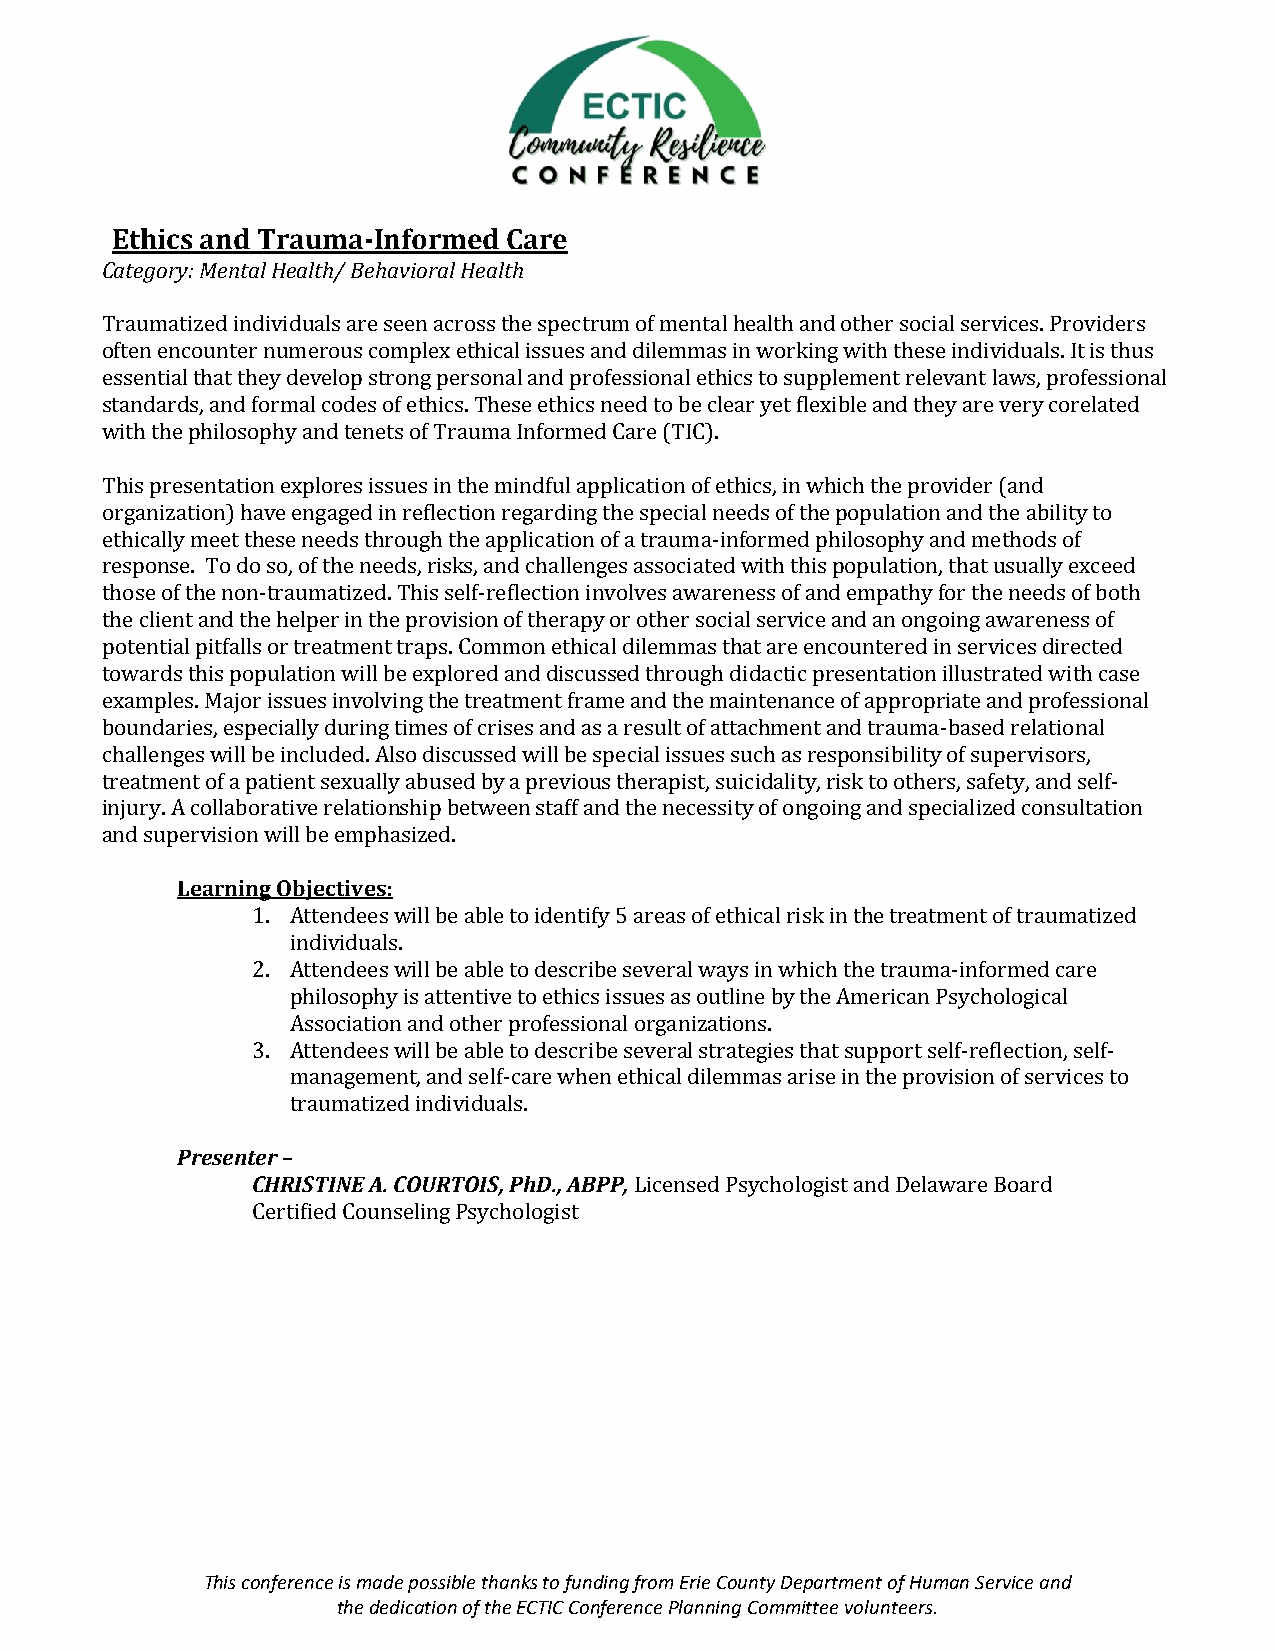
Ethics and Trauma-Informed Care
 Category: Mental Health/ Behavioral Health
 Traumatized individuals are seen across the spectrum of mental health and other social services. Providers
 often encounter numerous complex ethical issues and dilemmas in working with these individuals. It is thus
 essential that they develop strong personal and professional ethics to supplement relevant laws, professional
 standards, and formal codes of ethics. These ethics need to be clear yet flexible and they are very corelated
 with the philosophy and tenets of Trauma Informed Care (TIC).
 This presentation explores issues in the mindful application of ethics, in which the provider (and
 organization) have engaged in reflection regarding the special needs of the population and the ability to
 ethically meet these needs through the application of a trauma-informed philosophy and methods of
 response. To do so, of the needs, risks, and challenges associated with this population, that usually exceed
 those of the non-traumatized. This self-reflection involves awareness of and empathy for the needs of both
 the client and the helper in the provision of therapy or other social service and an ongoing awareness of
 potential pitfalls or treatment traps. Common ethical dilemmas that are encountered in services directed
 towards this population will be explored and discussed through didactic presentation illustrated with case
 examples. Major issues involving the treatment frame and the maintenance of appropriate and professional
 boundaries, especially during times of crises and as a result of attachment and trauma-based relational
 challenges will be included. Also discussed will be special issues such as responsibility of supervisors,
 treatment of a patient sexually abused by a previous therapist, suicidality, risk to others, safety, and self-
 injury. A collaborative relationship between staff and the necessity of ongoing and specialized consultation
 and supervision will be emphasized.
 Learning Objectives:
 1. Attendees will be able to identify 5 areas of ethical risk in the treatment of traumatized
 individuals.
 2. Attendees will be able to describe several ways in which the trauma-informed care
 philosophy is attentive to ethics issues as outline by the American Psychological
 Association and other professional organizations.
 3. Attendees will be able to describe several strategies that support self-reflection, self-
 management, and self-care when ethical dilemmas arise in the provision of services to
 traumatized individuals.
 Presenter –
 CHRISTINE A. COURTOIS, PhD., ABPP, Licensed Psychologist and Delaware Board
 Certified Counseling Psychologist
 This conference is made possible thanks to funding from Erie County Department of Human Service and
 the dedication of the ECTIC Conference Planning Committee volunteers.